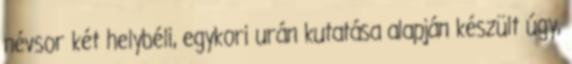
névsor két helybéli, egykori urán kutatása alapján készült úgy,